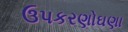
ઉપકરણોઘણા